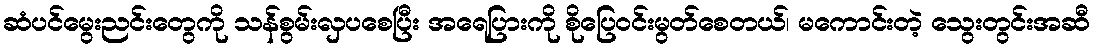
ဆံပင်မွေးညင်းတွေကို သန်စွမ်းလှပစေပြီး အရေပြားကို စိုပြေဝင်းမွတ်စေတယ်၊ မကောင်းတဲ့ သွေးတွင်းအဆီ